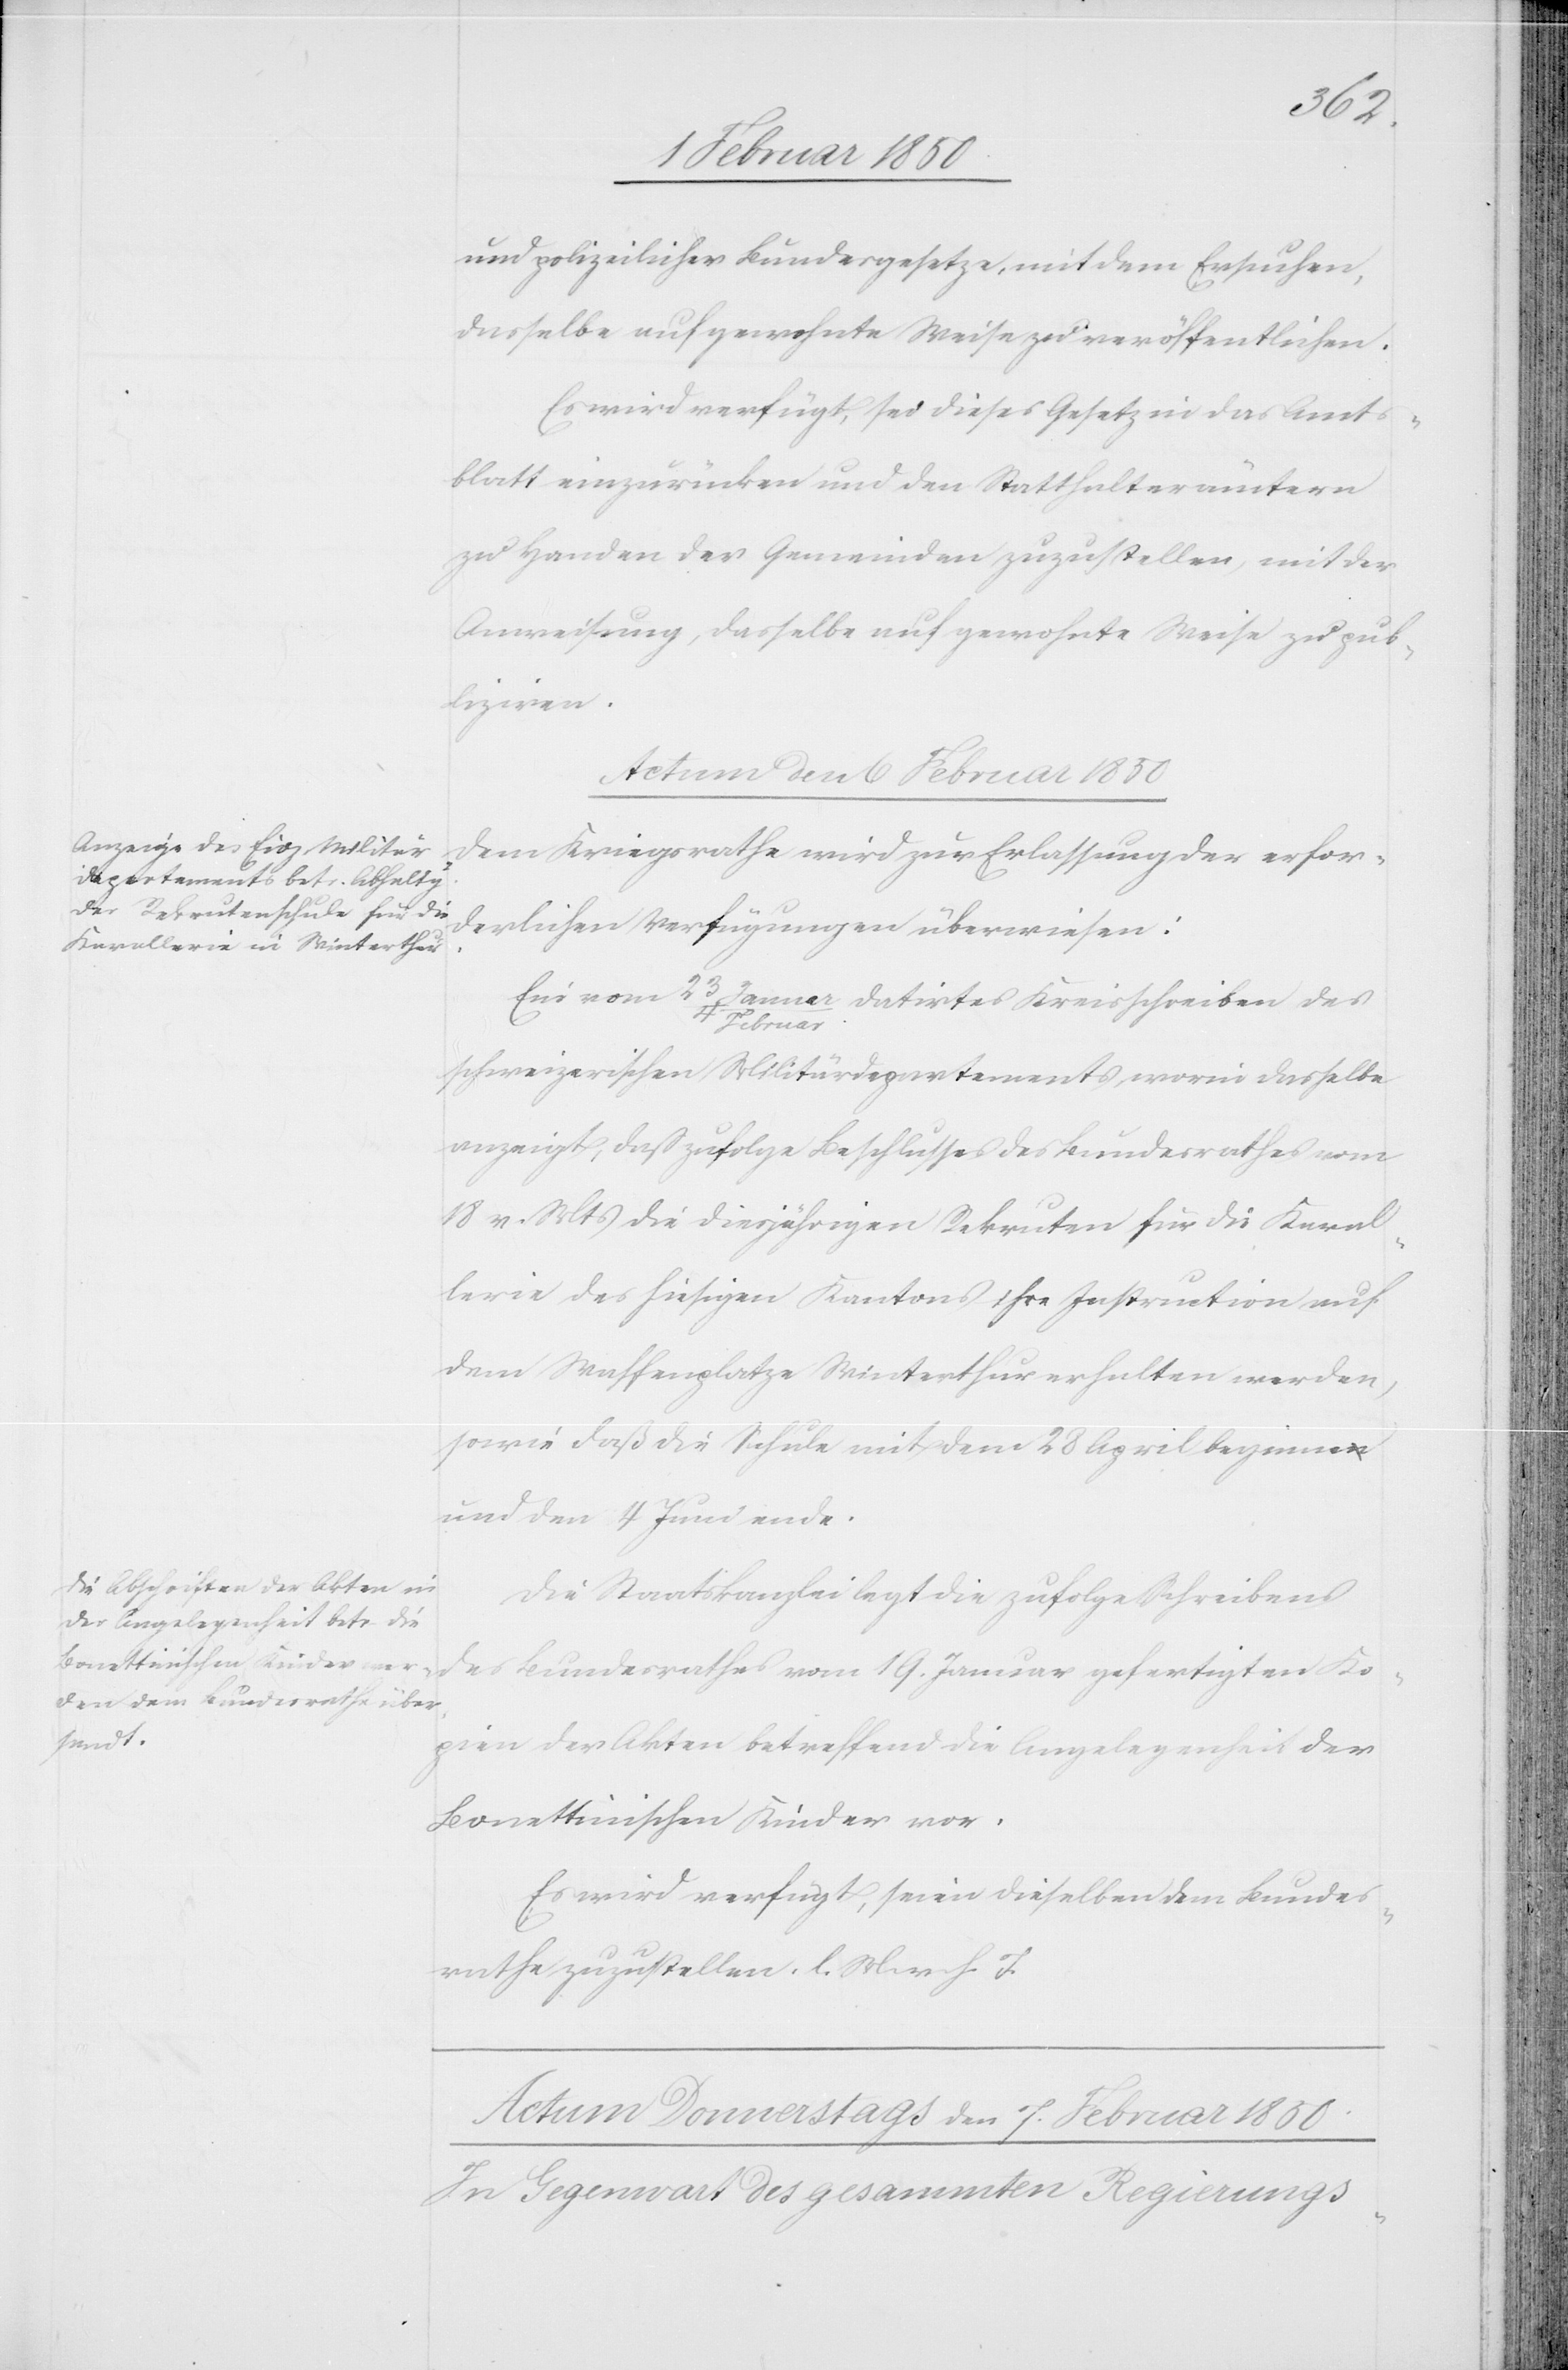
und polizeilicher Bundesgesetze, mit dem Ersuchen,
dasselbe auf gewohnte Weise zu veröffentlichen.
Es wird verfügt, sei dieses Gesetz in das Amt¬
s¬
blatt einzurücken und den Statthalterämtern
zu Handen der Gemeinden zuzustellen, mit der
Anweisung, dasselbe auf gewohnte Weise zu pub¬
liziren.
Actum den 6 Februar 1850]
Dem Kriegsrathe wird zur Erlassung der erfor¬
derlichen Verfügungen überwiesen:
Ein vom 23 Januar/4 Februar datirtes Kreisschreiben des
schweizerischen Militärdepartements, worin dasselbe
anzeigt, daß zufolge Beschlusses des Bundesrathes vom
18 v. Mts die diesjährigen Rekruten für die Kaval¬
lerie des hiesigen Kantons ihre Instruction auf
dem Waffenplatze Winterthur erhalten werden,
sowie daß die Schule mit den 28 April beginne
und den 4 Juni ende.
Die Staatskanzlei legt die zufolge Schreibens
des Bundesrathes vom 19. Januar gefertigten Ko¬
pien der Akten betreffend die Angelegenheit der
Bonettinischen Kinder vor.
Es wird verfügt, seien dieselben dem Bundes¬
rathe zuzustellen. l. M. v. h. T.